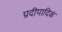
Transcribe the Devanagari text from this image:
प्रदीपादिकं